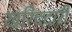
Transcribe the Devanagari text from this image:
खरिददारी